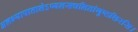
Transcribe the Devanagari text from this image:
अलभ्यापातालेऽप्यलसचलितांगुष्ठशिरसि।